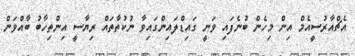
އެޗްއާރުސީއެމް އިން މިހެން ބުނެފައި ވަނީ ގައިޑްލައިންގައިވާ ނުކުތާތައް ރިޔާސީ އިންތިހާބު ބާއްވަން